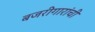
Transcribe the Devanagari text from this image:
बजरीगारांची